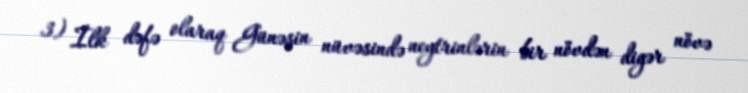
3) İlk dəfə olaraq Günəşin nüvəsində neytrinlərin bir növdən digər növə